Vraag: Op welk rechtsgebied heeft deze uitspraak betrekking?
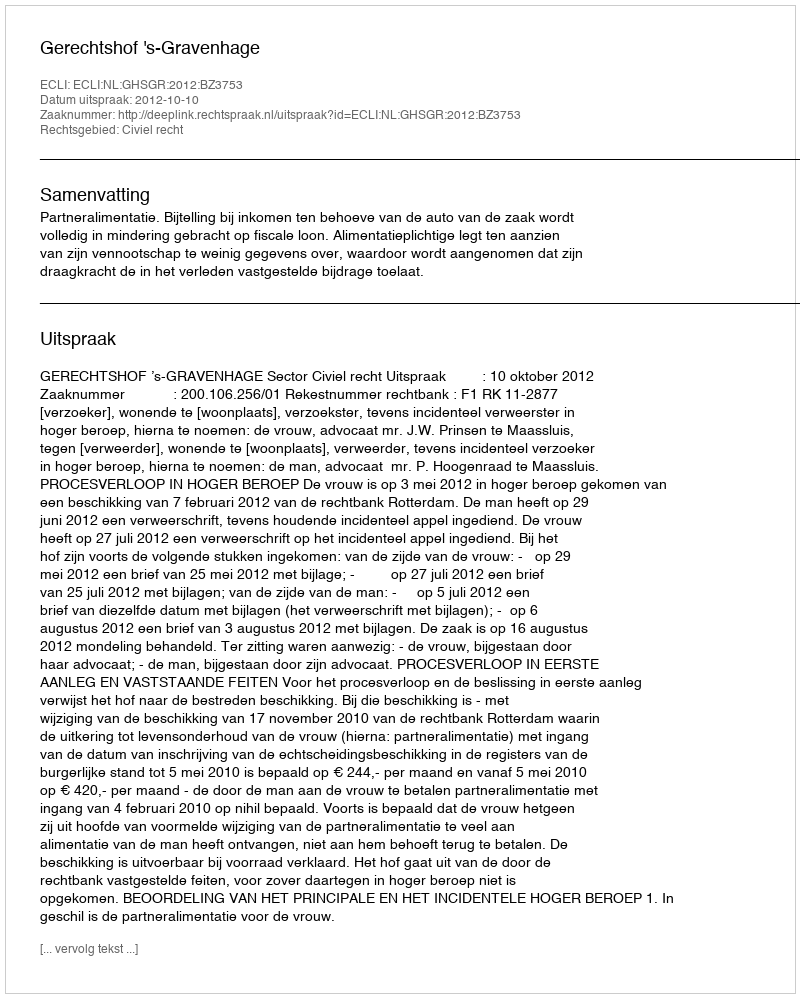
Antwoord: Civiel recht